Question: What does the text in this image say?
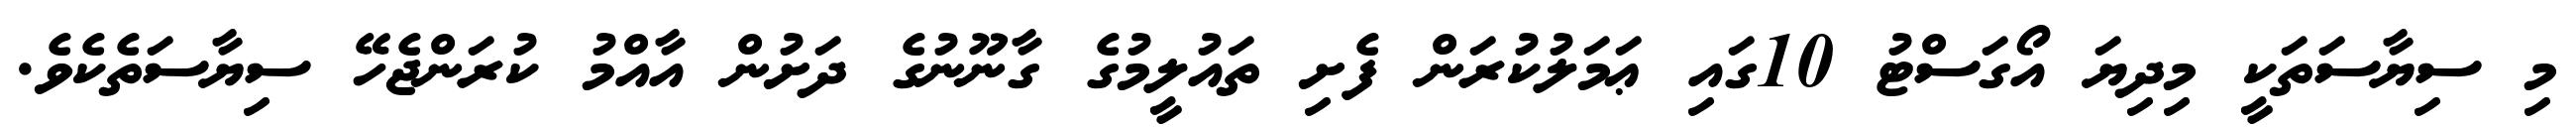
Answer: މި ސިޔާސަތަކީ މިދިޔަ އޯގަސްޓު 10ގައި ޢަމަލުކުރަން ފެށި ތައުލީމުގެ ގާނޫނުގެ ދަށުން އާއްމު ކުރަންޖެހޭ ސިޔާސަތެކެވެ.